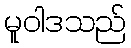
မူဝါဒသည်